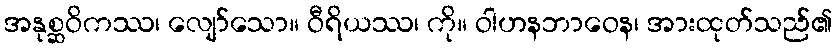
အနုစ္ဆဝိကဿ၊ လျော်သော။ ဝီရိယဿ၊ ကို။ ဝါဟနဘာဝေန၊ အားထုတ်သည်၏